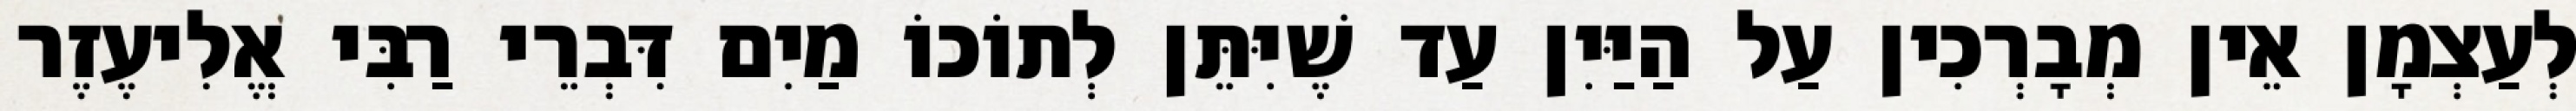
לְעַצְמָן אֵין מְבָרְכִין עַל הַיַּיִן עַד שֶׁיִּתֵּן לְתוֹכוֹ מַיִם דִּבְרֵי רַבִּי אֱלִיעֶזֶר